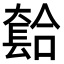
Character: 𫯾